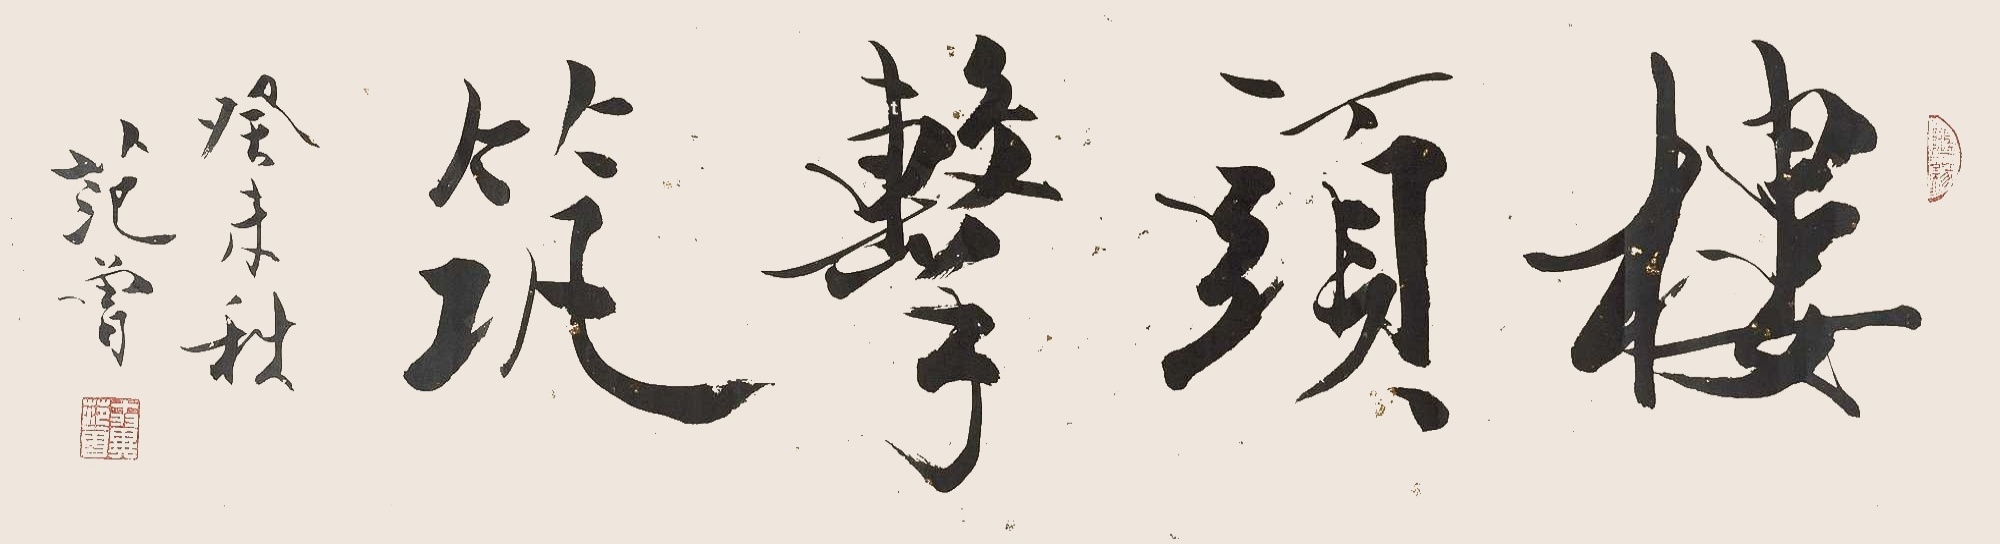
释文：楼头击筑癸未秋范曾。